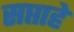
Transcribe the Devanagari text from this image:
सप्ताहे